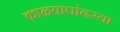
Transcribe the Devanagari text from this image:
काळ्यापांढरया